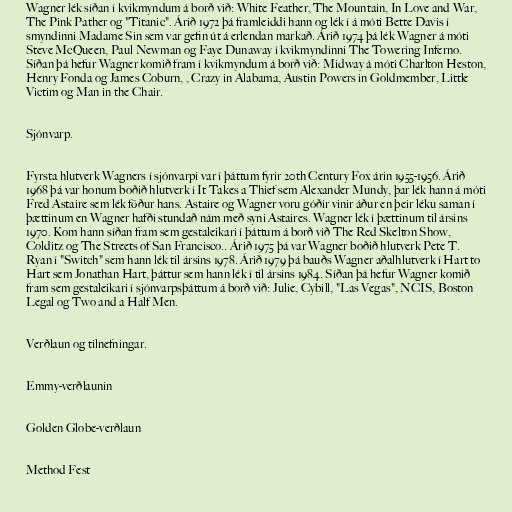
Wagner lék síðan í kvikmyndum á borð við: White Feather, The Mountain, In Love and War,
The Pink Pather og "Titanic". Árið 1972 þá framleiddi hann og lék í á móti Bette Davis í
smyndinni Madame Sin sem var gefin út á erlendan markað. Árið 1974 þá lék Wagner á móti
Steve McQueen, Paul Newman og Faye Dunaway í kvikmyndinni The Towering Inferno.
Síðan þá hefur Wagner komið fram í kvikmyndum á borð við: Midway á móti Charlton Heston,
Henry Fonda og James Coburn, , Crazy in Alabama, Austin Powers in Goldmember, Little
Victim og Man in the Chair.

Sjónvarp.

Fyrsta hlutverk Wagners í sjónvarpi var í þáttum fyrir 20th Century Fox árin 1955-1956. Árið
1968 þá var honum boðið hlutverk í It Takes a Thief sem Alexander Mundy, þar lék hann á móti
Fred Astaire sem lék föður hans. Astaire og Wagner voru góðir vinir áður en þeir léku saman í
þættinum en Wagner hafði stundað nám með syni Astaires. Wagner lék í þættinum til ársins
1970. Kom hann síðan fram sem gestaleikari í þáttum á borð við The Red Skelton Show,
Colditz og The Streets of San Francisco.. Árið 1975 þá var Wagner boðið hlutverk Pete T.
Ryan í "Switch" sem hann lék til ársins 1978. Árið 1979 þá bauðs Wagner aðalhlutverk í Hart to
Hart sem Jonathan Hart, þáttur sem hann lék í til ársins 1984. Síðan þá hefur Wagner komið
fram sem gestaleikari í sjónvarpsþáttum á borð við: Julie, Cybill, "Las Vegas", NCIS, Boston
Legal og Two and a Half Men.

Verðlaun og tilnefningar.

Emmy-verðlaunin

Golden Globe-verðlaun

Method Fest